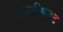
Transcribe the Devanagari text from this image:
गाइकीलाइट